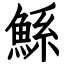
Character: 鯀